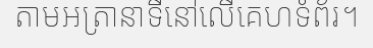
តាមអត្រានាទីនៅលើគេហទំព័រ។